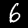
Digit: 6